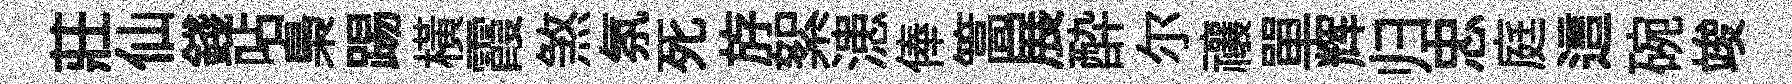
莊仙錢呫梟踢橫霞煞氛死斿絮漶俸篙展酔尓禳單辉归忠庭這碗竣